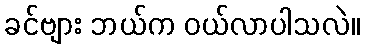
ခင်ဗျား ဘယ်က ဝယ်လာပါသလဲ။